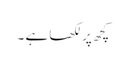
کچھ پر لکھا ہے ۔